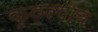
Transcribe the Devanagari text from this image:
कुठ्ल्याच